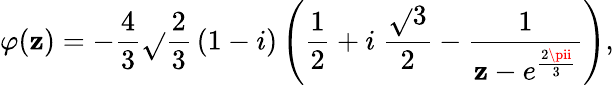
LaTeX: \varphi(\mathbf{z})=-\frac{{4}}{{3}}\sqrt{}{{\frac{{2}}{{3}}}}\left(1-i\right)\left(\frac{{1}}{{2}}+i\ \frac{{\sqrt{}{{3}}}}{{2}}-\frac{{1}}{{\mathbf{z}-e^{\frac{{2\pii}}{{3}}}}}\right),